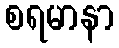
စရမာနာ